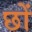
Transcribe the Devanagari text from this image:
छों